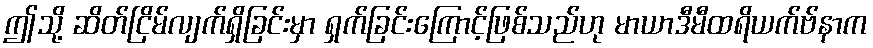
ဤသို့ ဆိတ်ငြိမ်လျက်ရှိခြင်းမှာ ရှက်ခြင်းကြောင့်ဖြစ်သည်ဟု မာယာဒီမီထရိယက်ဗ်နာက